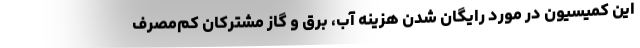
این کمیسیون در مورد رایگان شدن هزینه آب، برق و گاز مشترکان کم‌مصرف